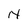
Character: N